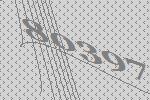
80397